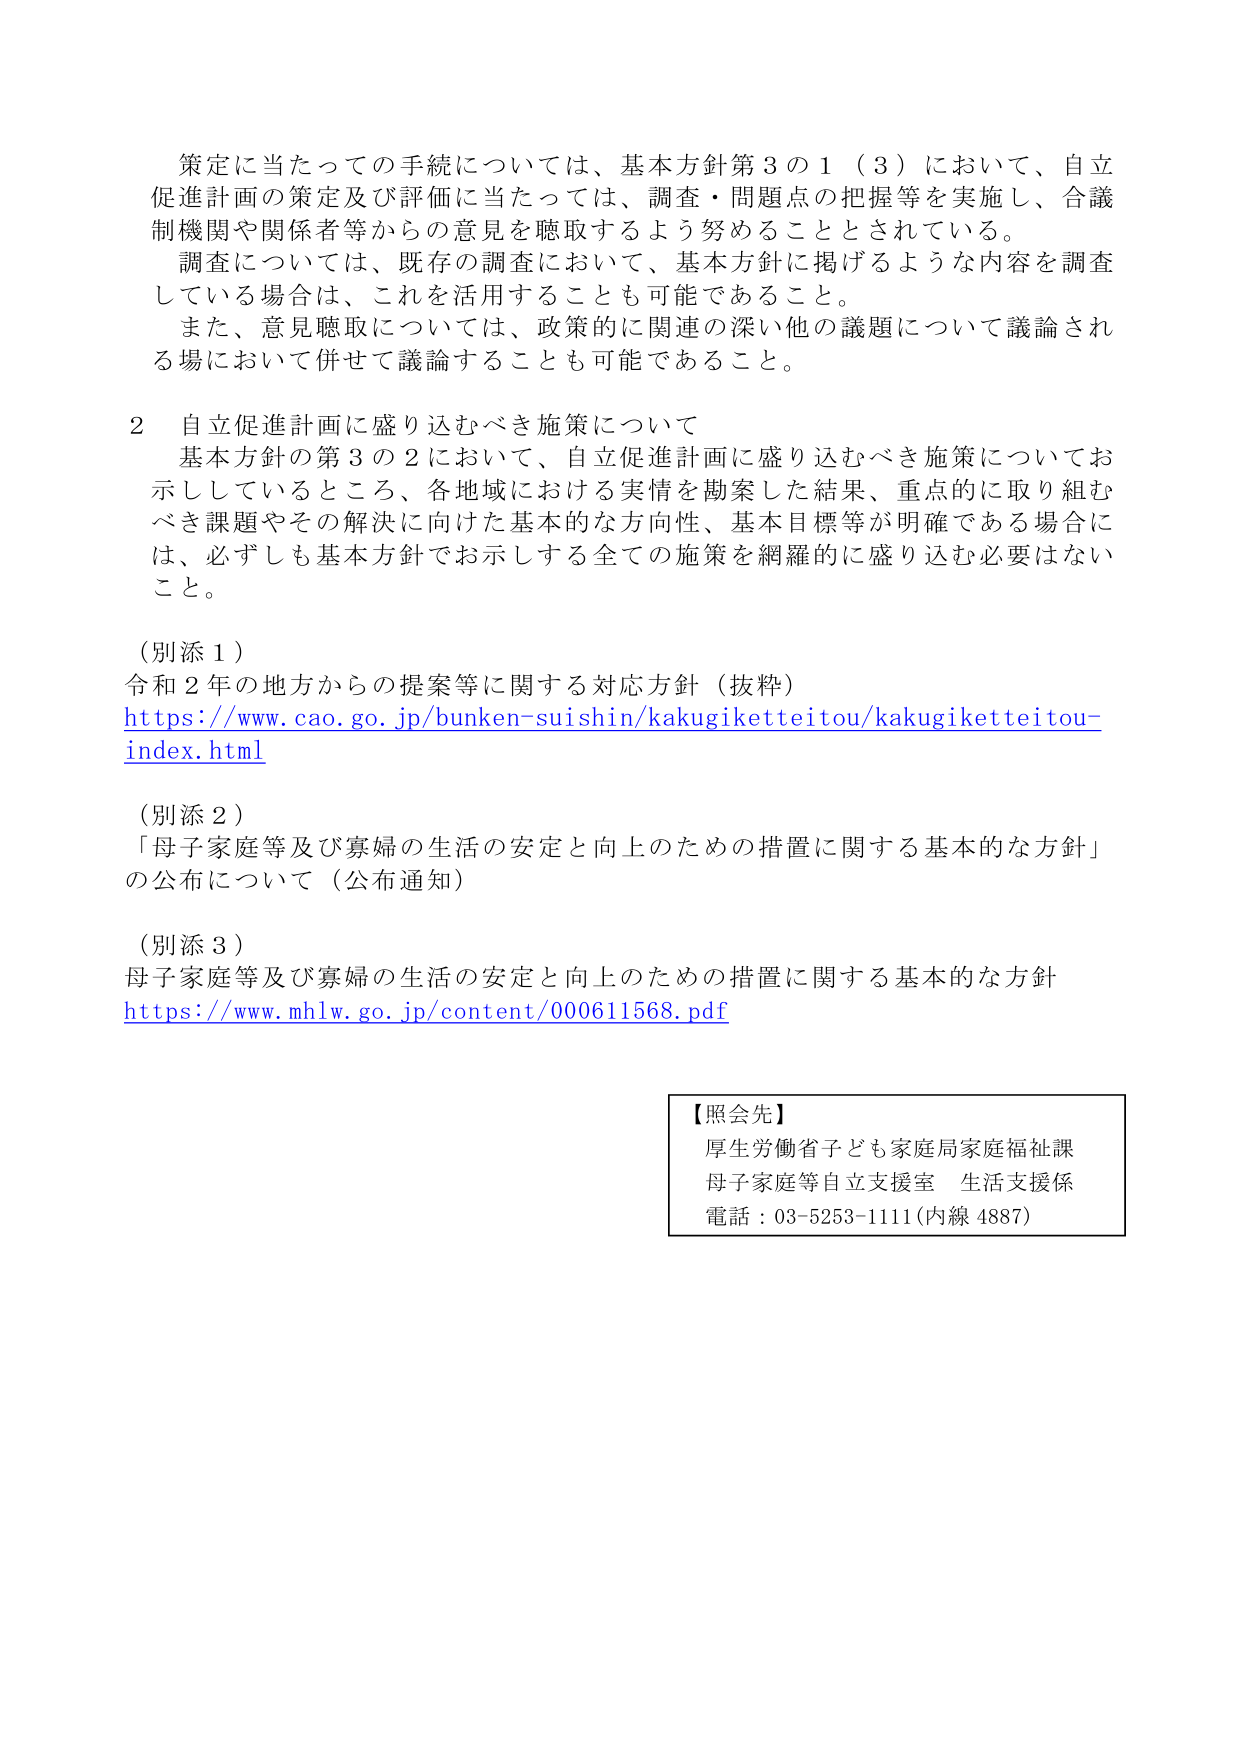
策定に当たっての手続については、基本方針第３の１（３）において、自立促進計画の策定及び評価に当たっては、調査・問題点の把握等を実施し、合議制機関や関係者等からの意見を聴取するよう努めることとされている。

調査については、既存の調査において、基本方針に掲げるような内容を調査している場合は、これを活用することも可能であること。

また、意見聴取については、政策的に関連の深い他の議題について議論される場において併せて議論することも可能であること。

２ 自立促進計画に盛り込むべき施策について

基本方針の第３の２において、自立促進計画に盛り込むべき施策についてお示ししているところ、各地域における実情を勘案した結果、重点的に取り組むべき課題やその解決に向けた基本的な方向性、基本目標等が明確である場合には、必ずしも基本方針でお示しする全ての施策を網羅的に盛り込む必要はないこと。

（別添１）
令和２年の地方からの提案等に関する対応方針（抜粋）
https://www.cao.go.jp/bunken-suishin/kakugiketteitou/kakugiketteitou-index.html

（別添２）
「母子家庭等及び寡婦の生活の安定と向上のための措置に関する基本的な方針」の公布について（公布通知）

（別添３）
母子家庭等及び寡婦の生活の安定と向上のための措置に関する基本的な方針
https://www.mhlw.go.jp/content/000611568.pdf

【照会先】
厚生労働省子ども家庭局家庭福祉課
母子家庭等自立支援室 生活支援係
電話：03-5253-1111（内線 4887）